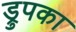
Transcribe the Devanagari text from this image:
ड्रुपका